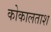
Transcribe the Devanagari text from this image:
कोकालताश